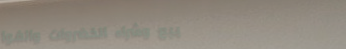
بيع وشراء الخضروات والفوا